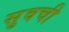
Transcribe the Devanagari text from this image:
सुवची